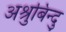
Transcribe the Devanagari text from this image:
अश्रुबिन्दु